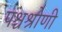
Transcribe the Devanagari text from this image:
पश्चश्रोणी